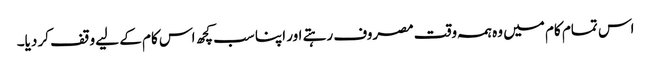
اس تمام کام میں وہ ہمہ وقت مصروف رہتے اور اپنا سب کچھ اس کام کے لیے وقف کر دیا۔